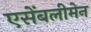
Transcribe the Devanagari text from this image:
एसेंबलीमेन